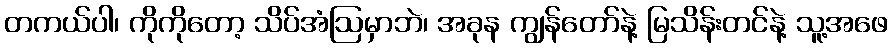
တကယ်ပါ၊ ကိုကိုတော့ သိပ်အံဩမှာဘဲ၊ အခုန ကျွန်တော်နဲ့ မြသိန်းတင်နဲ့ သူ့အဖေ